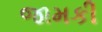
જામકી